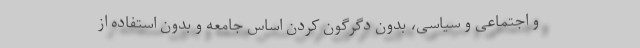
و اجتماعی و سیاسی، بدون دگرگون کردن اساس جامعه و بدون استفاده از